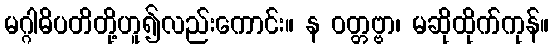
မဂ္ဂါဓိပတိတို့ဟူ၍လည်းကောင်း။ န ဝတ္တဗ္ဗာ၊ မဆိုထိုက်ကုန်။